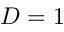
D = 1